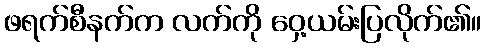
ဖရက်စီနက်က လက်ကို ဝှေ့ယမ်းပြလိုက်၏။